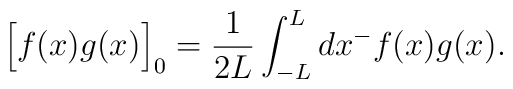
\Big[f(x)g(x)\Big]_0=\frac{1}{2L}\int_{-L}^L dx^- f(x)g(x).